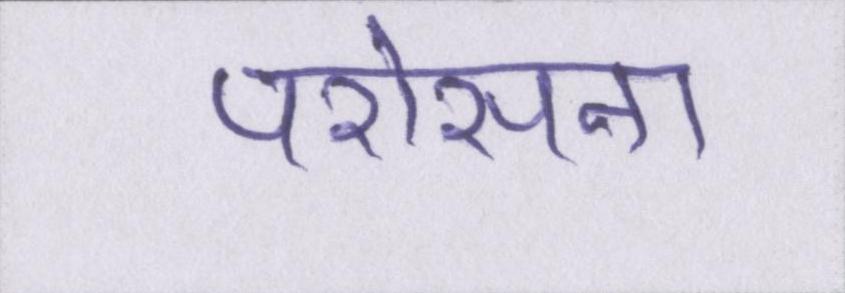
परोसना